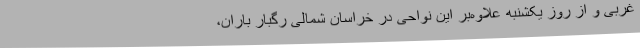
غربی و از روز یکشنبه علاوه‌بر این نواحی در خراسان شمالی رگبار باران،